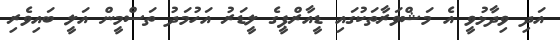
އަދި ވިދާޅުވީ އެ މަޝްވަރާތަކުގައި ޑީއާރްޕީގެ ލީޑަރު އަހުމަދު ތަސްމީން އަލީ ބައިވެރި